Vaccination in the Punjab 1897-1904 - 1897-1904
Year: 1897
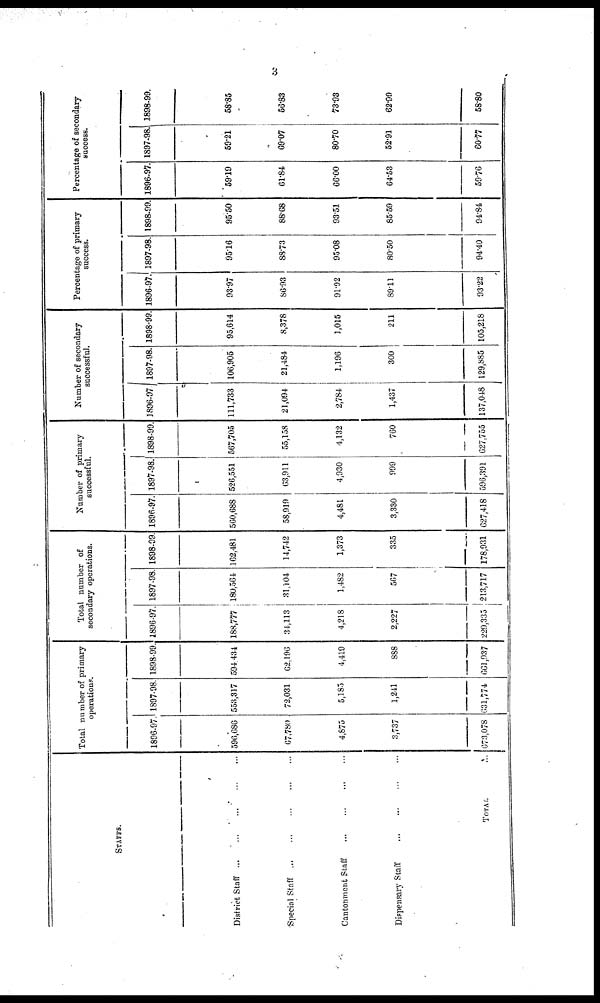
3
STAFFS.
District Staff
...
...
...
...
...
Special Staff
...
...
...
...
...
Cantonment Staff
...
...
...
...
...
Dispensary Staff
...
...
...
...
...
TOTAL
...
Total number of primary
operations.
1896-97.
596,686
67,780
4,875
3,737
673,078
1897-98.
553,317
72,031
5,185
1,241
631,774
1898-99.
594,434
62,196
4,419
888
661,937
Total number of
secondary operations.
1896-97.
188,777
34,113
4,218
2,227
229,335
1897-98
180,564
31,104
1,482
567
213,717
1898-99.
162,481
14,742
1,373
335
178,931
Number of primary
successful.
1896-97.
560,688
58,919
4,481
3,330
627,418
1897-98.
526,551
63,911
4,930
999
596,391
1898-99.
567,705
55,158
4,132
760
627,755
Number of secondary
successful.
1896-97
111,733
21,094
2,784
1,437
137,048
1897-98.
106,905
21,484
1,196
300
129,885
1898-99.
95,614
8,378
1,015
211
105,218
Percentage of primary
success.
1896-97.
93.97
86.93
91.92
89.11
93.22
1897-98.
95.16
88.73
95.08
80.50
94.40
1898-99.
95.50
88.68
93.51
85.59
94.84
Percentage of secondary
success.
1896-97
59.19
61.84
66.00
64.53
59.76
1897-98.
59.21
69.07
80.70
52.91
60.77
1898-99.
58.85
56.83
73.93
62.99
58.80